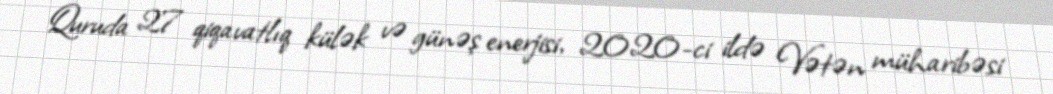
Quruda 27 qiqavatlıq külək və günəş enerjisi, 2020-ci ildə Vətən müharibəsi